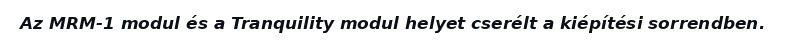
Az MRM-1 modul és a Tranquility modul helyet cserélt a kiépítési sorrendben.